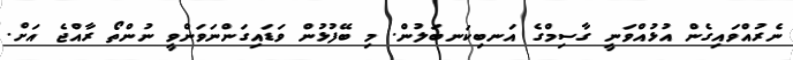
ނެރުއްވައިގެން އުޅުއްވަނީ ގާސިމްގެ އަނބިކަނބަލުން. މި ބޭފުޅުން ވަޑައިގަންނަވަންވީ ނުންތޯ ރާއްޖެ އަށް.